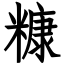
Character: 糠